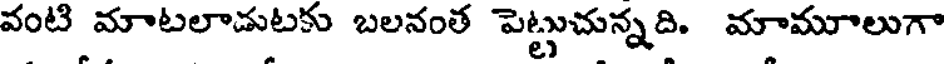
వంటి మాటలాడుటకు బలనంత పెట్టుచున్నది. మామూలుగా